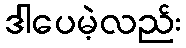
ဒါပေမဲ့လည်း